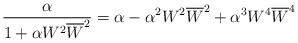
LaTeX: \begin{align*}\frac{\alpha}{1+ \alpha W^2 \overline{W}^2} = \alpha - \alpha^2 W^2 \overline{W}^2 + \alpha^3 W^4 \overline{W}^4 \end{align*}